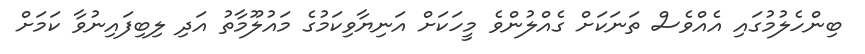
ބިންހެލުމުގައި އެއްވެސް ތަނަކަށް ގެއްލުންވެ މީހަކަށް އަނިޔާވިކަމުގެ މައުލޫމާތު އަދި ލިބިފައިނުވާ ކަމަށް